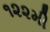
૧૨૨મી